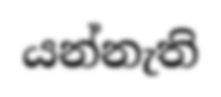
යන්නැති